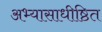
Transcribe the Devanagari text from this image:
अभ्यासाधीष्ठित